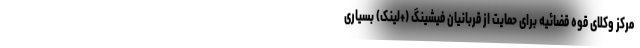
مرکز وکلای قوه قضائیه برای حمایت از قربانیان فیشینگ (+لینک) بسیاری